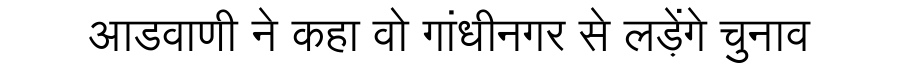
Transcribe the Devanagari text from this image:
आडवाणी ने कहा वो गांधीनगर से लड़ेंगे चुनाव